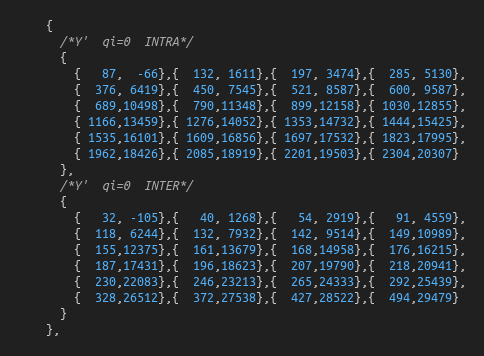
Language: C
    {
      /*Y'  qi=0  INTRA*/
      {
        {   87,  -66},{  132, 1611},{  197, 3474},{  285, 5130},
        {  376, 6419},{  450, 7545},{  521, 8587},{  600, 9587},
        {  689,10498},{  790,11348},{  899,12158},{ 1030,12855},
        { 1166,13459},{ 1276,14052},{ 1353,14732},{ 1444,15425},
        { 1535,16101},{ 1609,16856},{ 1697,17532},{ 1823,17995},
        { 1962,18426},{ 2085,18919},{ 2201,19503},{ 2304,20307}
      },
      /*Y'  qi=0  INTER*/
      {
        {   32, -105},{   40, 1268},{   54, 2919},{   91, 4559},
        {  118, 6244},{  132, 7932},{  142, 9514},{  149,10989},
        {  155,12375},{  161,13679},{  168,14958},{  176,16215},
        {  187,17431},{  196,18623},{  207,19790},{  218,20941},
        {  230,22083},{  246,23213},{  265,24333},{  292,25439},
        {  328,26512},{  372,27538},{  427,28522},{  494,29479}
      }
    },